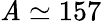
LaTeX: \mathit{A}\simeq157